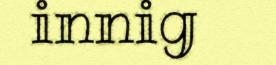
innig